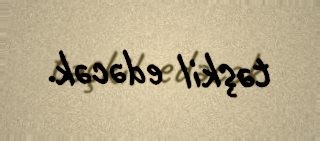
təşkil edəcək.